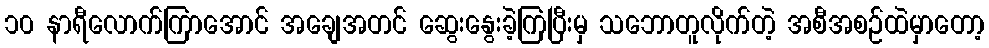
၁၀ နာရီလောက်ကြာအောင် အချေအတင် ဆွေးနွေးခဲ့ကြပြီးမှ သဘောတူလိုက်တဲ့ အစီအစဉ်ထဲမှာတော့